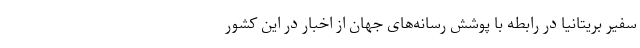
سفیر بریتانیا در رابطه با پوشش رسانه‌های جهان از اخبار در این کشور